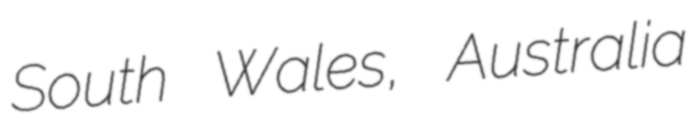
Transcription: South Wales, Australia